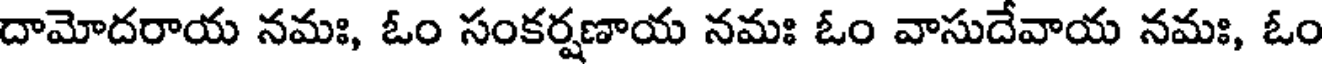
దామోదరాయ నమః, ఓం సంకర్షణాయ నమః ఓం వాసుదేవాయ నమః, ఓం